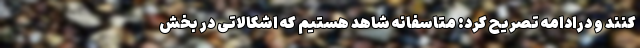
کنند و در‌ادامه تصریح کرد: متاسفانه شاهد هستیم که اشکالاتی در بخش